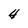
Character: 4